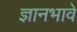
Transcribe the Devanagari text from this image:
ज्ञानभावे